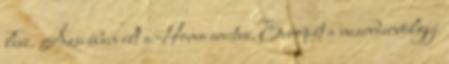
lesz. Ázsiában élt a Homo erectus, Európát a neandervölgyi